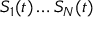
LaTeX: S _ { 1 } ( t ) \ldots S _ { N } ( t )